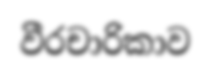
වීරචාරිකාව